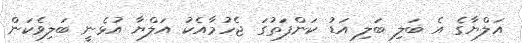
އަލްޔާގެ އެ ބަލި ބަލި އަޑު ކަންފަތުގަ ޖެހުމާއެކު އަލްޔާ އުޅެނީ ބަލިވެކަން